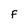
Character: F